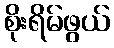
စိုးရိမ်ဖွယ်